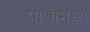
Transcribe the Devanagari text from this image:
पोथीमध्ये